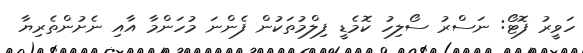
ހަވީރު ފޮޓޯ: ނަސްރު ސޯލިހު ކޮމެޑީ ފިލްމުތަކުން ފެންނަ މުހަންމާ އާއި ނެށުންތެރިޔާ